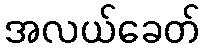
အလယ်ခေတ်